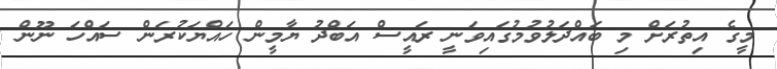
މީގެ އިތުރަށް މި ބައްދަލުވުމުގައިވަނީ ރައީސް އަބްދު ޔާމީން ހައްޔަކުރަން ސައްހަ ނޫން